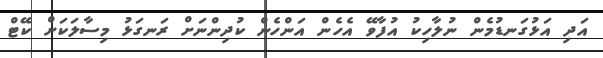
އަދި އަޅުގަނޑުމެން ނުލާހިކު އުފާވޭ އެހެން އަންހެން ކުދިންނަށް ރަނގަޅު މިސާލަކަށް ކޭޓް